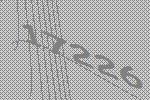
17226